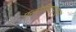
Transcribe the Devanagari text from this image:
फ्लोरियापासून